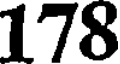
178